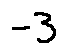
- 3